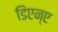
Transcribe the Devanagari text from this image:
डिएन्ए